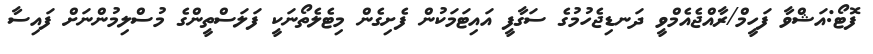
ފޮޓޯ:އަޝްވާ ފަހީމް/ރާއްޖެއެމްވީ ދަނޑިޖެހުމުގެ ސަގާފީ އައިޓަމަކުން ފެށިގެން މިޓެލެތޯނަކީ ފަލަސްތީންގެ މުސްލިމުންނަށް ފައިސާ